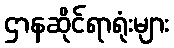
ဌာနဆိုင်ရာရုံးများ